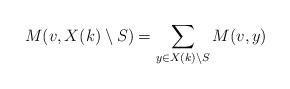
LaTeX: \begin{align*}M(v, X(k) \setminus S) = \sum\limits_{y \in X(k) \setminus S} M(v,y)\end{align*}